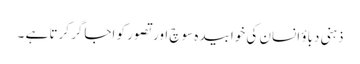
ذہنی دباؤ انسان کی خوابیدہ سوچ اور تصور کو اجاگر کرتا ہے ۔